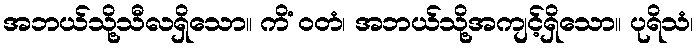
အဘယ်သို့သီလရှိသော။ ကိံ ဝတံ၊ အဘယ်သို့အကျင့်ရှိသော။ ပုရိသံ၊